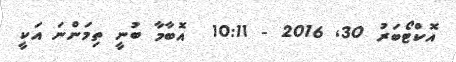
އޮކްޓޯބަރު 30